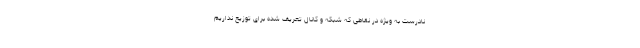
نادرست به ویژه در نقاطی که شبکه و کانال تعریف شده برای توزیع نداریم